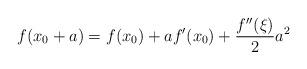
LaTeX: \begin{align*}f(x_0+a) = f(x_0) + af'(x_0) + \frac{f''(\xi)}{2} a^2\end{align*}